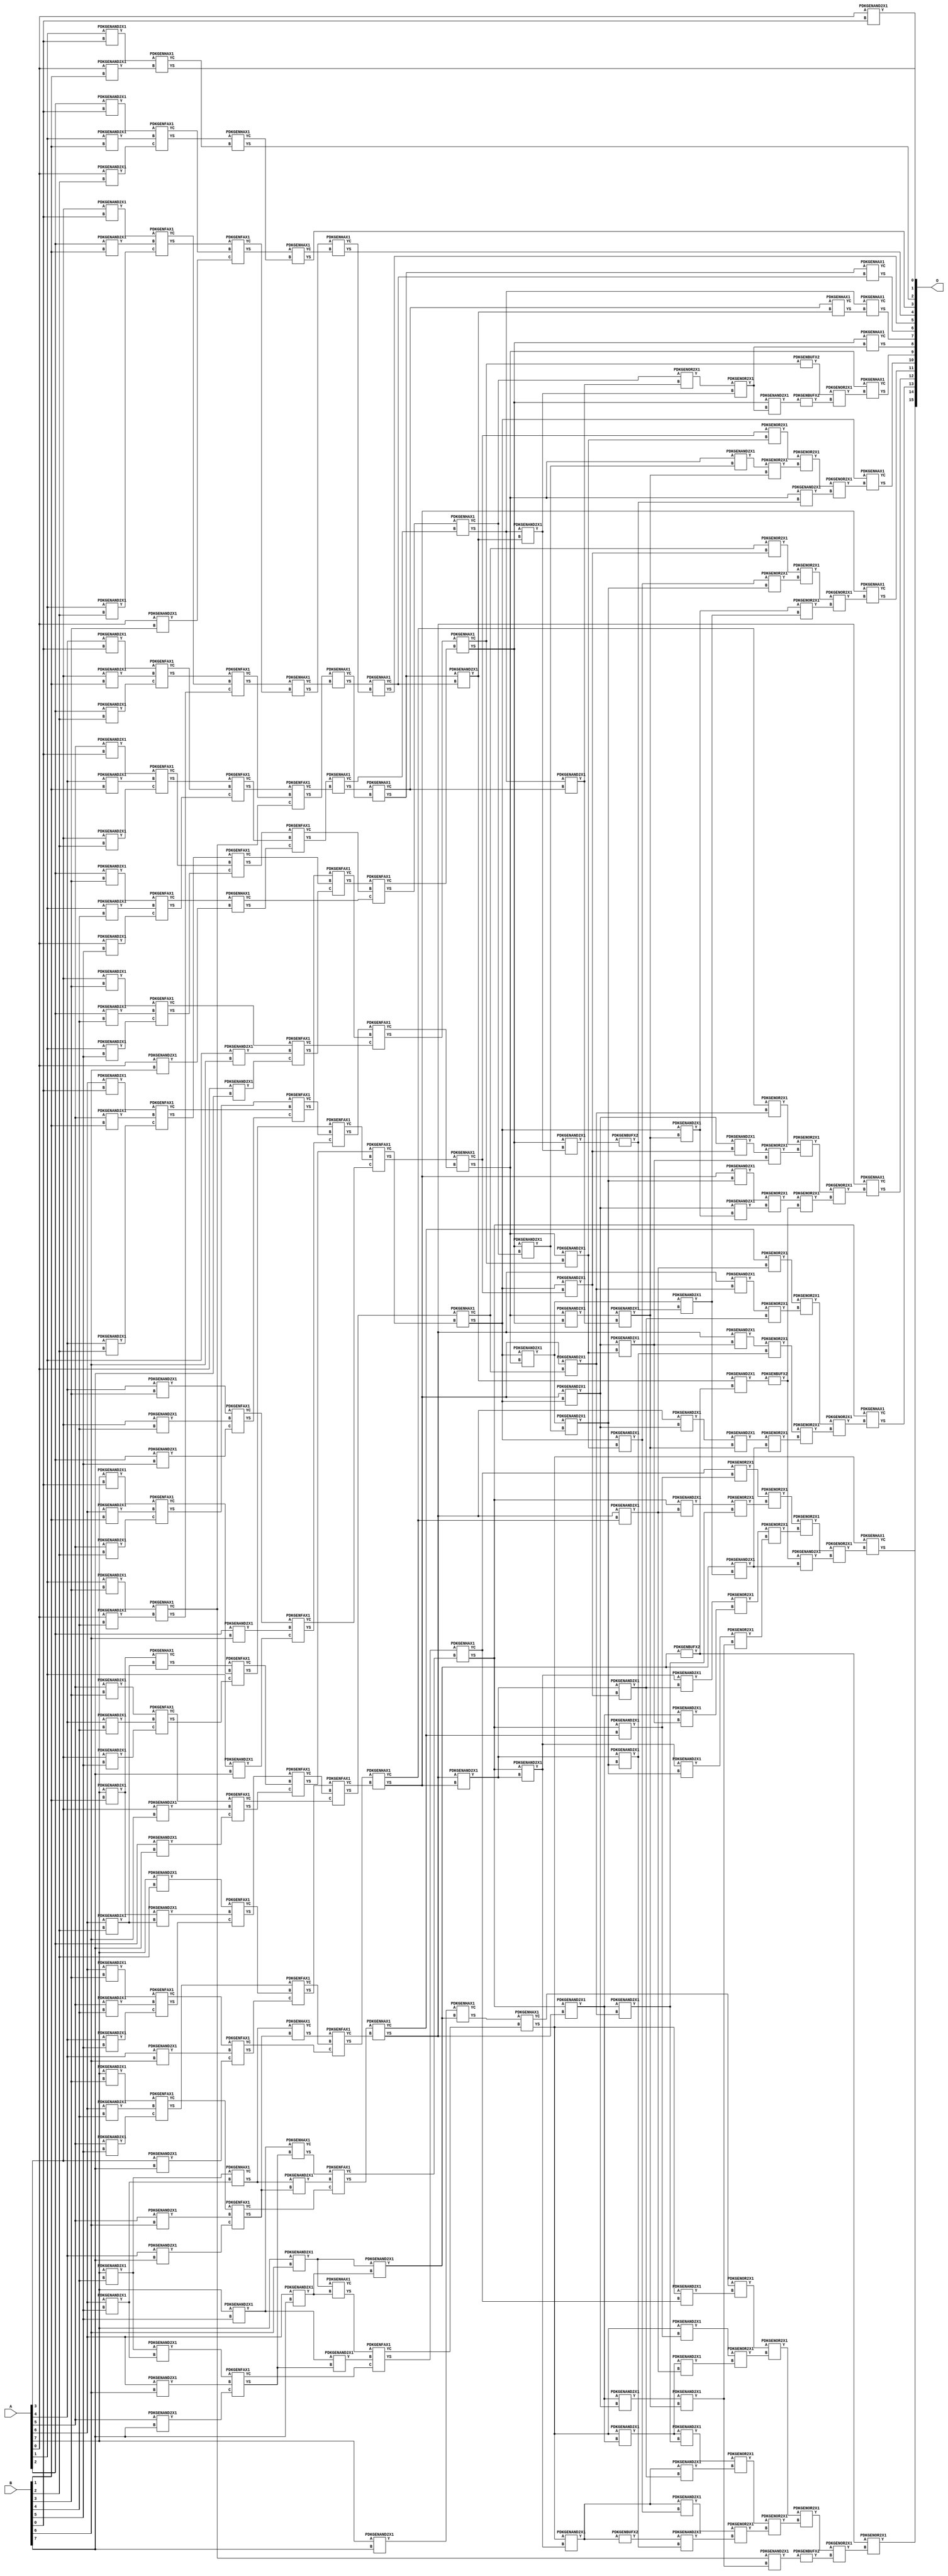
// Library = EvoApprox8b
// Circuit = mul8_240
// Area   (180) = 12808
// Delay  (180) = 2.820
// Power  (180) = 5885.30
// Area   (45) = 907
// Delay  (45) = 1.080
// Power  (45) = 490.40
// Nodes = 245
// HD = 0
// MAE = 0.00000
// MSE = 0.00000
// MRE = 0.00 %
// WCE = 0
// WCRE = 0 %
// EP = 0.0 %

module mul8_240(A, B, O);
  input [7:0] A;
  input [7:0] B;
  output [15:0] O;
  wire [2031:0] N;

  assign N[0] = A[0];
  assign N[1] = A[0];
  assign N[2] = A[1];
  assign N[3] = A[1];
  assign N[4] = A[2];
  assign N[5] = A[2];
  assign N[6] = A[3];
  assign N[7] = A[3];
  assign N[8] = A[4];
  assign N[9] = A[4];
  assign N[10] = A[5];
  assign N[11] = A[5];
  assign N[12] = A[6];
  assign N[13] = A[6];
  assign N[14] = A[7];
  assign N[15] = A[7];
  assign N[16] = B[0];
  assign N[17] = B[0];
  assign N[18] = B[1];
  assign N[19] = B[1];
  assign N[20] = B[2];
  assign N[21] = B[2];
  assign N[22] = B[3];
  assign N[23] = B[3];
  assign N[24] = B[4];
  assign N[25] = B[4];
  assign N[26] = B[5];
  assign N[27] = B[5];
  assign N[28] = B[6];
  assign N[29] = B[6];
  assign N[30] = B[7];
  assign N[31] = B[7];

  PDKGENAND2X1 n32(.A(N[0]), .B(N[16]), .Y(N[32]));
  PDKGENAND2X1 n38(.A(N[2]), .B(N[16]), .Y(N[38]));
  PDKGENAND2X1 n44(.A(N[4]), .B(N[16]), .Y(N[44]));
  PDKGENAND2X1 n50(.A(N[6]), .B(N[16]), .Y(N[50]));
  PDKGENAND2X1 n56(.A(N[8]), .B(N[16]), .Y(N[56]));
  PDKGENAND2X1 n62(.A(N[10]), .B(N[16]), .Y(N[62]));
  PDKGENAND2X1 n68(.A(N[12]), .B(N[16]), .Y(N[68]));
  PDKGENAND2X1 n74(.A(N[14]), .B(N[16]), .Y(N[74]));
  PDKGENAND2X1 n82(.A(N[0]), .B(N[18]), .Y(N[82]));
  PDKGENAND2X1 n88(.A(N[2]), .B(N[18]), .Y(N[88]));
  PDKGENAND2X1 n94(.A(N[4]), .B(N[18]), .Y(N[94]));
  PDKGENAND2X1 n100(.A(N[6]), .B(N[18]), .Y(N[100]));
  PDKGENAND2X1 n106(.A(N[8]), .B(N[18]), .Y(N[106]));
  PDKGENAND2X1 n112(.A(N[10]), .B(N[18]), .Y(N[112]));
  PDKGENAND2X1 n118(.A(N[12]), .B(N[18]), .Y(N[118]));
  PDKGENAND2X1 n126(.A(N[14]), .B(N[18]), .Y(N[126]));
  PDKGENAND2X1 n132(.A(N[0]), .B(N[20]), .Y(N[132]));
  PDKGENAND2X1 n138(.A(N[2]), .B(N[20]), .Y(N[138]));
  PDKGENAND2X1 n144(.A(N[4]), .B(N[20]), .Y(N[144]));
  PDKGENAND2X1 n150(.A(N[6]), .B(N[20]), .Y(N[150]));
  PDKGENAND2X1 n156(.A(N[8]), .B(N[20]), .Y(N[156]));
  PDKGENAND2X1 n162(.A(N[10]), .B(N[20]), .Y(N[162]));
  PDKGENAND2X1 n168(.A(N[12]), .B(N[20]), .Y(N[168]));
  PDKGENAND2X1 n176(.A(N[14]), .B(N[20]), .Y(N[176]));
  PDKGENAND2X1 n182(.A(N[0]), .B(N[22]), .Y(N[182]));
  PDKGENAND2X1 n188(.A(N[2]), .B(N[22]), .Y(N[188]));
  PDKGENAND2X1 n194(.A(N[4]), .B(N[22]), .Y(N[194]));
  PDKGENAND2X1 n200(.A(N[6]), .B(N[22]), .Y(N[200]));
  PDKGENAND2X1 n206(.A(N[8]), .B(N[22]), .Y(N[206]));
  PDKGENAND2X1 n212(.A(N[10]), .B(N[22]), .Y(N[212]));
  PDKGENAND2X1 n220(.A(N[12]), .B(N[22]), .Y(N[220]));
  PDKGENAND2X1 n226(.A(N[14]), .B(N[22]), .Y(N[226]));
  PDKGENAND2X1 n232(.A(N[0]), .B(N[24]), .Y(N[232]));
  PDKGENAND2X1 n238(.A(N[2]), .B(N[24]), .Y(N[238]));
  PDKGENAND2X1 n244(.A(N[4]), .B(N[24]), .Y(N[244]));
  PDKGENAND2X1 n250(.A(N[6]), .B(N[24]), .Y(N[250]));
  PDKGENAND2X1 n256(.A(N[8]), .B(N[24]), .Y(N[256]));
  PDKGENAND2X1 n262(.A(N[10]), .B(N[24]), .Y(N[262]));
  PDKGENAND2X1 n270(.A(N[12]), .B(N[24]), .Y(N[270]));
  PDKGENAND2X1 n276(.A(N[14]), .B(N[24]), .Y(N[276]));
  PDKGENAND2X1 n282(.A(N[0]), .B(N[26]), .Y(N[282]));
  PDKGENAND2X1 n288(.A(N[2]), .B(N[26]), .Y(N[288]));
  PDKGENAND2X1 n294(.A(N[4]), .B(N[26]), .Y(N[294]));
  assign N[295] = N[294];
  PDKGENAND2X1 n300(.A(N[6]), .B(N[26]), .Y(N[300]));
  PDKGENAND2X1 n306(.A(N[8]), .B(N[26]), .Y(N[306]));
  PDKGENAND2X1 n314(.A(N[10]), .B(N[26]), .Y(N[314]));
  PDKGENAND2X1 n320(.A(N[12]), .B(N[26]), .Y(N[320]));
  PDKGENAND2X1 n326(.A(N[14]), .B(N[26]), .Y(N[326]));
  PDKGENAND2X1 n332(.A(N[0]), .B(N[28]), .Y(N[332]));
  PDKGENAND2X1 n338(.A(N[2]), .B(N[28]), .Y(N[338]));
  PDKGENAND2X1 n344(.A(N[4]), .B(N[28]), .Y(N[344]));
  PDKGENAND2X1 n350(.A(N[6]), .B(N[28]), .Y(N[350]));
  PDKGENAND2X1 n358(.A(N[8]), .B(N[28]), .Y(N[358]));
  PDKGENAND2X1 n364(.A(N[10]), .B(N[28]), .Y(N[364]));
  PDKGENAND2X1 n370(.A(N[12]), .B(N[28]), .Y(N[370]));
  PDKGENAND2X1 n376(.A(N[14]), .B(N[28]), .Y(N[376]));
  PDKGENAND2X1 n382(.A(N[0]), .B(N[30]), .Y(N[382]));
  PDKGENAND2X1 n388(.A(N[2]), .B(N[30]), .Y(N[388]));
  PDKGENAND2X1 n394(.A(N[4]), .B(N[30]), .Y(N[394]));
  PDKGENAND2X1 n400(.A(N[6]), .B(N[30]), .Y(N[400]));
  PDKGENAND2X1 n408(.A(N[8]), .B(N[30]), .Y(N[408]));
  PDKGENAND2X1 n414(.A(N[10]), .B(N[30]), .Y(N[414]));
  PDKGENAND2X1 n420(.A(N[12]), .B(N[30]), .Y(N[420]));
  PDKGENAND2X1 n426(.A(N[14]), .B(N[30]), .Y(N[426]));
  PDKGENHAX1 n432(.A(N[38]), .B(N[82]), .YS(N[432]), .YC(N[433]));
  PDKGENFAX1 n438(.A(N[44]), .B(N[88]), .C(N[132]), .YS(N[438]), .YC(N[439]));
  PDKGENFAX1 n444(.A(N[50]), .B(N[94]), .C(N[138]), .YS(N[444]), .YC(N[445]));
  PDKGENFAX1 n452(.A(N[56]), .B(N[100]), .C(N[144]), .YS(N[452]), .YC(N[453]));
  PDKGENFAX1 n458(.A(N[62]), .B(N[106]), .C(N[150]), .YS(N[458]), .YC(N[459]));
  PDKGENFAX1 n464(.A(N[68]), .B(N[112]), .C(N[156]), .YS(N[464]), .YC(N[465]));
  PDKGENFAX1 n470(.A(N[74]), .B(N[118]), .C(N[162]), .YS(N[470]), .YC(N[471]));
  PDKGENAND2X1 n476(.A(N[126]), .B(N[168]), .Y(N[476]));
  PDKGENHAX1 n482(.A(N[126]), .B(N[168]), .YS(N[482]), .YC(N[483]));
  PDKGENHAX1 n488(.A(N[188]), .B(N[232]), .YS(N[488]), .YC(N[489]));
  PDKGENFAX1 n494(.A(N[194]), .B(N[238]), .C(N[282]), .YS(N[494]), .YC(N[495]));
  PDKGENFAX1 n502(.A(N[200]), .B(N[244]), .C(N[288]), .YS(N[502]), .YC(N[503]));
  PDKGENFAX1 n508(.A(N[206]), .B(N[250]), .C(N[295]), .YS(N[508]), .YC(N[509]));
  PDKGENFAX1 n514(.A(N[212]), .B(N[256]), .C(N[300]), .YS(N[514]), .YC(N[515]));
  PDKGENFAX1 n520(.A(N[220]), .B(N[262]), .C(N[306]), .YS(N[520]), .YC(N[521]));
  PDKGENFAX1 n526(.A(N[226]), .B(N[270]), .C(N[314]), .YS(N[526]), .YC(N[527]));
  PDKGENAND2X1 n532(.A(N[276]), .B(N[320]), .Y(N[532]));
  PDKGENHAX1 n538(.A(N[276]), .B(N[320]), .YS(N[538]), .YC(N[539]));
  PDKGENHAX1 n546(.A(N[438]), .B(N[433]), .YS(N[546]), .YC(N[547]));
  PDKGENFAX1 n552(.A(N[444]), .B(N[439]), .C(N[182]), .YS(N[552]), .YC(N[553]));
  PDKGENFAX1 n558(.A(N[452]), .B(N[445]), .C(N[488]), .YS(N[558]), .YC(N[559]));
  PDKGENFAX1 n564(.A(N[458]), .B(N[453]), .C(N[494]), .YS(N[564]), .YC(N[565]));
  PDKGENFAX1 n570(.A(N[464]), .B(N[459]), .C(N[502]), .YS(N[570]), .YC(N[571]));
  PDKGENFAX1 n576(.A(N[470]), .B(N[465]), .C(N[508]), .YS(N[576]), .YC(N[577]));
  PDKGENFAX1 n582(.A(N[482]), .B(N[471]), .C(N[514]), .YS(N[582]), .YC(N[583]));
  PDKGENFAX1 n588(.A(N[176]), .B(N[476]), .C(N[520]), .YS(N[588]), .YC(N[589]));
  PDKGENHAX1 n596(.A(N[495]), .B(N[332]), .YS(N[596]), .YC(N[597]));
  PDKGENFAX1 n602(.A(N[503]), .B(N[338]), .C(N[382]), .YS(N[602]), .YC(N[603]));
  PDKGENFAX1 n608(.A(N[509]), .B(N[344]), .C(N[388]), .YS(N[608]), .YC(N[609]));
  PDKGENFAX1 n614(.A(N[515]), .B(N[350]), .C(N[394]), .YS(N[614]), .YC(N[615]));
  PDKGENFAX1 n620(.A(N[521]), .B(N[358]), .C(N[400]), .YS(N[620]), .YC(N[621]));
  PDKGENFAX1 n626(.A(N[527]), .B(N[364]), .C(N[408]), .YS(N[626]), .YC(N[627]));
  PDKGENFAX1 n632(.A(N[532]), .B(N[370]), .C(N[414]), .YS(N[632]), .YC(N[633]));
  PDKGENAND2X1 n640(.A(N[376]), .B(N[420]), .Y(N[640]));
  assign N[641] = N[640];
  PDKGENHAX1 n646(.A(N[376]), .B(N[420]), .YS(N[646]), .YC(N[647]));
  PDKGENHAX1 n652(.A(N[552]), .B(N[547]), .YS(N[652]), .YC(N[653]));
  PDKGENHAX1 n658(.A(N[558]), .B(N[553]), .YS(N[658]), .YC(N[659]));
  PDKGENFAX1 n664(.A(N[564]), .B(N[559]), .C(N[489]), .YS(N[664]), .YC(N[665]));
  PDKGENFAX1 n670(.A(N[570]), .B(N[565]), .C(N[596]), .YS(N[670]), .YC(N[671]));
  PDKGENFAX1 n676(.A(N[576]), .B(N[571]), .C(N[602]), .YS(N[676]), .YC(N[677]));
  PDKGENFAX1 n684(.A(N[582]), .B(N[577]), .C(N[608]), .YS(N[684]), .YC(N[685]));
  PDKGENFAX1 n690(.A(N[588]), .B(N[583]), .C(N[614]), .YS(N[690]), .YC(N[691]));
  PDKGENFAX1 n696(.A(N[526]), .B(N[589]), .C(N[620]), .YS(N[696]), .YC(N[697]));
  PDKGENAND2X1 n702(.A(N[538]), .B(N[626]), .Y(N[702]));
  PDKGENHAX1 n708(.A(N[538]), .B(N[626]), .YS(N[708]), .YC(N[709]));
  PDKGENAND2X1 n714(.A(N[326]), .B(N[632]), .Y(N[714]));
  PDKGENHAX1 n720(.A(N[326]), .B(N[632]), .YS(N[720]), .YC(N[721]));
  PDKGENHAX1 n726(.A(N[658]), .B(N[653]), .YS(N[726]), .YC(N[727]));
  PDKGENHAX1 n734(.A(N[664]), .B(N[659]), .YS(N[734]), .YC(N[735]));
  PDKGENHAX1 n740(.A(N[670]), .B(N[665]), .YS(N[740]), .YC(N[741]));
  PDKGENFAX1 n746(.A(N[676]), .B(N[671]), .C(N[597]), .YS(N[746]), .YC(N[747]));
  PDKGENFAX1 n752(.A(N[684]), .B(N[677]), .C(N[603]), .YS(N[752]), .YC(N[753]));
  PDKGENFAX1 n758(.A(N[690]), .B(N[685]), .C(N[609]), .YS(N[758]), .YC(N[759]));
  PDKGENFAX1 n764(.A(N[696]), .B(N[691]), .C(N[615]), .YS(N[764]), .YC(N[765]));
  PDKGENFAX1 n770(.A(N[708]), .B(N[697]), .C(N[621]), .YS(N[770]), .YC(N[771]));
  PDKGENFAX1 n778(.A(N[720]), .B(N[702]), .C(N[627]), .YS(N[778]), .YC(N[779]));
  PDKGENFAX1 n784(.A(N[646]), .B(N[714]), .C(N[633]), .YS(N[784]), .YC(N[785]));
  PDKGENBUFX2 n790(.A(N[641]), .Y(N[790]));
  PDKGENHAX1 n796(.A(N[426]), .B(N[640]), .YS(N[796]), .YC(N[797]));
  PDKGENHAX1 n802(.A(N[734]), .B(N[727]), .YS(N[802]), .YC(N[803]));
  PDKGENHAX1 n808(.A(N[740]), .B(N[735]), .YS(N[808]), .YC(N[809]));
  PDKGENHAX1 n814(.A(N[746]), .B(N[741]), .YS(N[814]), .YC(N[815]));
  PDKGENHAX1 n820(.A(N[752]), .B(N[747]), .YS(N[820]), .YC(N[821]));
  PDKGENHAX1 n828(.A(N[758]), .B(N[753]), .YS(N[828]), .YC(N[829]));
  PDKGENHAX1 n834(.A(N[764]), .B(N[759]), .YS(N[834]), .YC(N[835]));
  PDKGENHAX1 n840(.A(N[770]), .B(N[765]), .YS(N[840]), .YC(N[841]));
  PDKGENHAX1 n846(.A(N[778]), .B(N[771]), .YS(N[846]), .YC(N[847]));
  PDKGENHAX1 n852(.A(N[784]), .B(N[779]), .YS(N[852]), .YC(N[853]));
  PDKGENHAX1 n858(.A(N[796]), .B(N[785]), .YS(N[858]), .YC(N[859]));
  PDKGENAND2X1 n916(.A(N[808]), .B(N[803]), .Y(N[916]));
  assign N[917] = N[916];
  PDKGENHAX1 n922(.A(N[809]), .B(N[916]), .YS(N[922]), .YC(N[923]));
  PDKGENAND2X1 n946(.A(N[814]), .B(N[916]), .Y(N[946]));
  PDKGENAND2X1 n952(.A(N[814]), .B(N[809]), .Y(N[952]));
  PDKGENOR2X1 n958(.A(N[815]), .B(N[952]), .Y(N[958]));
  PDKGENOR2X1 n966(.A(N[958]), .B(N[946]), .Y(N[966]));
  PDKGENAND2X1 n972(.A(N[820]), .B(N[946]), .Y(N[972]));
  PDKGENBUFX2 n990(.A(N[972]), .Y(N[990]));
  PDKGENAND2X1 n996(.A(N[820]), .B(N[966]), .Y(N[996]));
  PDKGENAND2X1 n1002(.A(N[820]), .B(N[815]), .Y(N[1002]));
  PDKGENBUFX2 n1010(.A(N[821]), .Y(N[1010]));
  PDKGENBUFX2 n1016(.A(N[996]), .Y(N[1016]));
  PDKGENOR2X1 n1022(.A(N[1010]), .B(N[1016]), .Y(N[1022]));
  PDKGENAND2X1 n1034(.A(N[828]), .B(N[820]), .Y(N[1034]));
  PDKGENAND2X1 n1052(.A(N[828]), .B(N[990]), .Y(N[1052]));
  PDKGENAND2X1 n1060(.A(N[1034]), .B(N[952]), .Y(N[1060]));
  PDKGENAND2X1 n1066(.A(N[828]), .B(N[1002]), .Y(N[1066]));
  PDKGENAND2X1 n1072(.A(N[828]), .B(N[821]), .Y(N[1072]));
  PDKGENOR2X1 n1078(.A(N[829]), .B(N[1072]), .Y(N[1078]));
  PDKGENOR2X1 n1084(.A(N[1066]), .B(N[1060]), .Y(N[1084]));
  PDKGENOR2X1 n1090(.A(N[1078]), .B(N[1084]), .Y(N[1090]));
  PDKGENOR2X1 n1096(.A(N[1090]), .B(N[1052]), .Y(N[1096]));
  PDKGENAND2X1 n1104(.A(N[834]), .B(N[828]), .Y(N[1104]));
  PDKGENAND2X1 n1134(.A(N[1104]), .B(N[990]), .Y(N[1134]));
  PDKGENAND2X1 n1140(.A(N[834]), .B(N[1060]), .Y(N[1140]));
  PDKGENAND2X1 n1146(.A(N[1104]), .B(N[1002]), .Y(N[1146]));
  PDKGENAND2X1 n1154(.A(N[834]), .B(N[1072]), .Y(N[1154]));
  PDKGENAND2X1 n1160(.A(N[834]), .B(N[829]), .Y(N[1160]));
  PDKGENOR2X1 n1166(.A(N[835]), .B(N[1160]), .Y(N[1166]));
  PDKGENOR2X1 n1172(.A(N[1154]), .B(N[1146]), .Y(N[1172]));
  PDKGENOR2X1 n1178(.A(N[1140]), .B(N[1134]), .Y(N[1178]));
  PDKGENOR2X1 n1184(.A(N[1166]), .B(N[1172]), .Y(N[1184]));
  PDKGENOR2X1 n1190(.A(N[1184]), .B(N[1178]), .Y(N[1190]));
  PDKGENAND2X1 n1204(.A(N[840]), .B(N[834]), .Y(N[1204]));
  assign N[1205] = N[1204];
  PDKGENAND2X1 n1228(.A(N[917]), .B(N[790]), .Y(N[1228]));
  PDKGENBUFX2 n1234(.A(N[1228]), .Y(N[1234]));
  assign N[1235] = N[1234];
  PDKGENAND2X1 n1242(.A(N[1204]), .B(N[1140]), .Y(N[1242]));
  PDKGENAND2X1 n1248(.A(N[840]), .B(N[1146]), .Y(N[1248]));
  PDKGENAND2X1 n1254(.A(N[1204]), .B(N[1072]), .Y(N[1254]));
  PDKGENAND2X1 n1260(.A(N[1205]), .B(N[1160]), .Y(N[1260]));
  PDKGENAND2X1 n1266(.A(N[840]), .B(N[835]), .Y(N[1266]));
  PDKGENOR2X1 n1272(.A(N[841]), .B(N[1266]), .Y(N[1272]));
  PDKGENOR2X1 n1278(.A(N[1260]), .B(N[1254]), .Y(N[1278]));
  PDKGENOR2X1 n1284(.A(N[1248]), .B(N[1242]), .Y(N[1284]));
  PDKGENOR2X1 n1292(.A(N[1272]), .B(N[1278]), .Y(N[1292]));
  PDKGENOR2X1 n1298(.A(N[1284]), .B(N[1234]), .Y(N[1298]));
  PDKGENOR2X1 n1304(.A(N[1292]), .B(N[1298]), .Y(N[1304]));
  PDKGENAND2X1 n1310(.A(N[846]), .B(N[840]), .Y(N[1310]));
  PDKGENAND2X1 n1348(.A(N[641]), .B(N[1134]), .Y(N[1348]));
  PDKGENAND2X1 n1354(.A(N[846]), .B(N[1204]), .Y(N[1354]));
  PDKGENAND2X1 n1360(.A(N[1354]), .B(N[1060]), .Y(N[1360]));
  PDKGENAND2X1 n1366(.A(N[1310]), .B(N[1146]), .Y(N[1366]));
  PDKGENAND2X1 n1372(.A(N[846]), .B(N[1254]), .Y(N[1372]));
  PDKGENAND2X1 n1378(.A(N[1310]), .B(N[1160]), .Y(N[1378]));
  PDKGENAND2X1 n1386(.A(N[846]), .B(N[1266]), .Y(N[1386]));
  PDKGENAND2X1 n1392(.A(N[846]), .B(N[841]), .Y(N[1392]));
  PDKGENOR2X1 n1398(.A(N[847]), .B(N[1392]), .Y(N[1398]));
  PDKGENOR2X1 n1404(.A(N[1386]), .B(N[1378]), .Y(N[1404]));
  PDKGENOR2X1 n1410(.A(N[1372]), .B(N[1366]), .Y(N[1410]));
  PDKGENOR2X1 n1416(.A(N[1360]), .B(N[1348]), .Y(N[1416]));
  PDKGENOR2X1 n1422(.A(N[1398]), .B(N[1404]), .Y(N[1422]));
  PDKGENOR2X1 n1430(.A(N[1410]), .B(N[1416]), .Y(N[1430]));
  PDKGENOR2X1 n1436(.A(N[1422]), .B(N[1430]), .Y(N[1436]));
  PDKGENAND2X1 n1454(.A(N[852]), .B(N[846]), .Y(N[1454]));
  PDKGENAND2X1 n1486(.A(N[1235]), .B(N[1348]), .Y(N[1486]));
  PDKGENAND2X1 n1492(.A(N[1454]), .B(N[1204]), .Y(N[1492]));
  PDKGENAND2X1 n1498(.A(N[1492]), .B(N[1060]), .Y(N[1498]));
  PDKGENAND2X1 n1504(.A(N[852]), .B(N[1310]), .Y(N[1504]));
  assign N[1505] = N[1504];
  PDKGENAND2X1 n1510(.A(N[1504]), .B(N[1146]), .Y(N[1510]));
  PDKGENAND2X1 n1516(.A(N[1454]), .B(N[1254]), .Y(N[1516]));
  PDKGENAND2X1 n1524(.A(N[1505]), .B(N[1378]), .Y(N[1524]));
  PDKGENAND2X1 n1530(.A(N[1454]), .B(N[1266]), .Y(N[1530]));
  PDKGENAND2X1 n1536(.A(N[852]), .B(N[1392]), .Y(N[1536]));
  PDKGENAND2X1 n1542(.A(N[852]), .B(N[847]), .Y(N[1542]));
  PDKGENOR2X1 n1548(.A(N[853]), .B(N[1542]), .Y(N[1548]));
  PDKGENOR2X1 n1554(.A(N[1536]), .B(N[1530]), .Y(N[1554]));
  PDKGENOR2X1 n1560(.A(N[1524]), .B(N[1516]), .Y(N[1560]));
  PDKGENOR2X1 n1568(.A(N[1510]), .B(N[1498]), .Y(N[1568]));
  PDKGENOR2X1 n1574(.A(N[1548]), .B(N[1554]), .Y(N[1574]));
  PDKGENOR2X1 n1580(.A(N[1560]), .B(N[1568]), .Y(N[1580]));
  PDKGENOR2X1 n1586(.A(N[1574]), .B(N[1580]), .Y(N[1586]));
  PDKGENOR2X1 n1592(.A(N[1586]), .B(N[1486]), .Y(N[1592]));
  PDKGENAND2X1 n1598(.A(N[858]), .B(N[1504]), .Y(N[1598]));
  assign N[1599] = N[1598];
  PDKGENAND2X1 n1662(.A(N[489]), .B(N[1498]), .Y(N[1662]));
  PDKGENBUFX2 n1668(.A(N[1598]), .Y(N[1668]));
  PDKGENAND2X1 n1674(.A(N[1668]), .B(N[1366]), .Y(N[1674]));
  PDKGENAND2X1 n1680(.A(N[858]), .B(N[1454]), .Y(N[1680]));
  assign N[1681] = N[1680];
  PDKGENAND2X1 n1686(.A(N[1599]), .B(N[1154]), .Y(N[1686]));
  PDKGENAND2X1 n1692(.A(N[1598]), .B(N[1378]), .Y(N[1692]));
  PDKGENAND2X1 n1698(.A(N[1681]), .B(N[1530]), .Y(N[1698]));
  PDKGENAND2X1 n1704(.A(N[1681]), .B(N[1392]), .Y(N[1704]));
  PDKGENAND2X1 n1712(.A(N[858]), .B(N[1542]), .Y(N[1712]));
  PDKGENAND2X1 n1718(.A(N[858]), .B(N[853]), .Y(N[1718]));
  PDKGENOR2X1 n1724(.A(N[859]), .B(N[1718]), .Y(N[1724]));
  PDKGENOR2X1 n1730(.A(N[1712]), .B(N[1704]), .Y(N[1730]));
  PDKGENOR2X1 n1736(.A(N[1698]), .B(N[1692]), .Y(N[1736]));
  PDKGENOR2X1 n1742(.A(N[1686]), .B(N[1674]), .Y(N[1742]));
  PDKGENBUFX2 n1748(.A(N[1662]), .Y(N[1748]));
  PDKGENOR2X1 n1756(.A(N[1724]), .B(N[1730]), .Y(N[1756]));
  PDKGENOR2X1 n1762(.A(N[1736]), .B(N[1742]), .Y(N[1762]));
  PDKGENOR2X1 n1768(.A(N[1756]), .B(N[1762]), .Y(N[1768]));
  PDKGENOR2X1 n1774(.A(N[1768]), .B(N[1748]), .Y(N[1774]));
  PDKGENHAX1 n1968(.A(N[808]), .B(N[803]), .YS(N[1968]), .YC(N[1969]));
  PDKGENHAX1 n1974(.A(N[814]), .B(N[922]), .YS(N[1974]), .YC(N[1975]));
  PDKGENHAX1 n1980(.A(N[820]), .B(N[966]), .YS(N[1980]), .YC(N[1981]));
  PDKGENHAX1 n1988(.A(N[828]), .B(N[1022]), .YS(N[1988]), .YC(N[1989]));
  PDKGENHAX1 n1994(.A(N[834]), .B(N[1096]), .YS(N[1994]), .YC(N[1995]));
  PDKGENHAX1 n2000(.A(N[840]), .B(N[1190]), .YS(N[2000]), .YC(N[2001]));
  PDKGENHAX1 n2006(.A(N[846]), .B(N[1304]), .YS(N[2006]), .YC(N[2007]));
  PDKGENHAX1 n2012(.A(N[852]), .B(N[1436]), .YS(N[2012]), .YC(N[2013]));
  PDKGENHAX1 n2018(.A(N[858]), .B(N[1592]), .YS(N[2018]), .YC(N[2019]));
  PDKGENOR2X1 n2024(.A(N[790]), .B(N[1774]), .Y(N[2024]));

  assign O[0] = N[32];
  assign O[1] = N[432];
  assign O[2] = N[546];
  assign O[3] = N[652];
  assign O[4] = N[726];
  assign O[5] = N[802];
  assign O[6] = N[1968];
  assign O[7] = N[1974];
  assign O[8] = N[1980];
  assign O[9] = N[1988];
  assign O[10] = N[1994];
  assign O[11] = N[2000];
  assign O[12] = N[2006];
  assign O[13] = N[2012];
  assign O[14] = N[2018];
  assign O[15] = N[2024];

endmodule
/* mod */
module PDKGENHAX1( input A, input B, output YS, output YC );
    assign YS = A ^ B;
    assign YC = A & B;
endmodule
/* mod */
module PDKGENOR2X1(input A, input B, output Y );
     assign Y = A | B;
endmodule
/* mod */
module PDKGENAND2X1(input A, input B, output Y );
     assign Y = A & B;
endmodule
/* mod */
module PDKGENFAX1( input A, input B, input C, output YS, output YC );
    assign YS = (A ^ B) ^ C;
    assign YC = (A & B) | (B & C) | (A & C);
endmodule
/* mod */
module PDKGENBUFX2(input A, output Y );
     assign Y = A;
endmodule